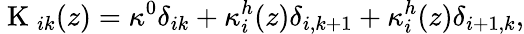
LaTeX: \mathrm{~K~}_{ik}(z)=\kappa^{0}\delta_{ik}+\kappa_{i}^{h}(z)\delta_{i,k+1}+\kappa_{i}^{h}(z)\delta_{i+1,k},